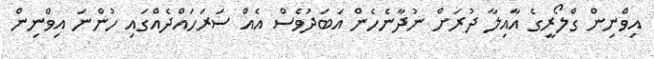
އިވްނިން ގްލޯރީގެ އާއިލާ ދުރަށް ނުދާނެހެން އަބަދުވެސް އެއް ސަރަހައްދެއްގައި ހުންނަ އިވްނިން